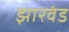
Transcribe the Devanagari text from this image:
झारवंड